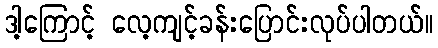
ဒါ့ကြောင့် လေ့ကျင့်ခန်းပြောင်းလုပ်ပါတယ်။